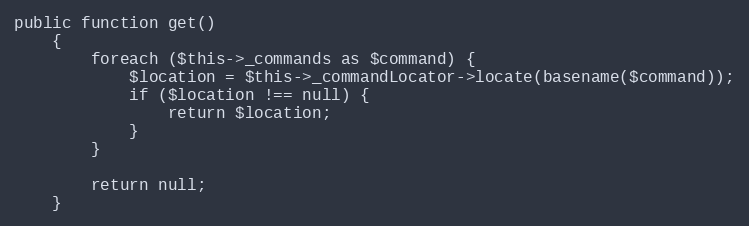
Language: PHP
public function get()
    {
        foreach ($this->_commands as $command) {
            $location = $this->_commandLocator->locate(basename($command));
            if ($location !== null) {
                return $location;
            }
        }

        return null;
    }